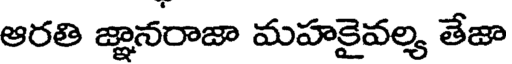
ఆరతి జ్ఞానరాజా మహకైవల్య తేజా